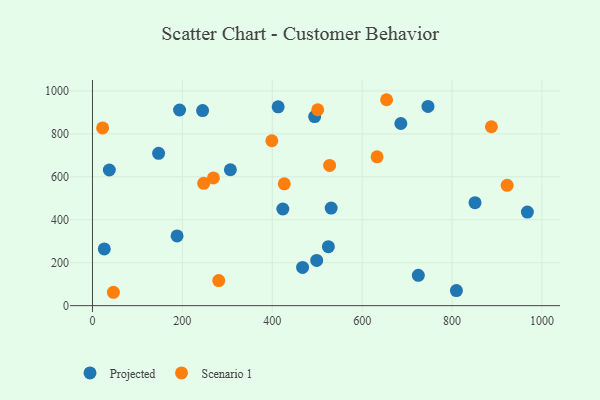
{"axis": {"x": "Ad Spend", "y": "Profit"}, "legend": ["Projected", "Scenario 1"], "data": [{"x": "193.8", "y": 911.2, "type": "Projected"}, {"x": "746.4", "y": 927.8, "type": "Projected"}, {"x": "26.3", "y": 264.0, "type": "Projected"}, {"x": "724.9", "y": 141.2, "type": "Projected"}, {"x": "147.1", "y": 709.5, "type": "Projected"}, {"x": "37.5", "y": 631.7, "type": "Projected"}, {"x": "188.2", "y": 324.7, "type": "Projected"}, {"x": "809.6", "y": 70.0, "type": "Projected"}, {"x": "524.8", "y": 274.9, "type": "Projected"}, {"x": "245.0", "y": 908.4, "type": "Projected"}, {"x": "967.5", "y": 435.6, "type": "Projected"}, {"x": "531.0", "y": 454.5, "type": "Projected"}, {"x": "423.5", "y": 450.2, "type": "Projected"}, {"x": "686.0", "y": 848.3, "type": "Projected"}, {"x": "413.1", "y": 926.2, "type": "Projected"}, {"x": "851.0", "y": 479.5, "type": "Projected"}, {"x": "467.4", "y": 177.9, "type": "Projected"}, {"x": "306.8", "y": 632.9, "type": "Projected"}, {"x": "494.3", "y": 880.5, "type": "Projected"}, {"x": "498.8", "y": 210.8, "type": "Projected"}, {"x": "887.5", "y": 833.2, "type": "Scenario 1"}, {"x": "922.5", "y": 560.5, "type": "Scenario 1"}, {"x": "633.1", "y": 693.2, "type": "Scenario 1"}, {"x": "269.1", "y": 594.9, "type": "Scenario 1"}, {"x": "46.6", "y": 62.3, "type": "Scenario 1"}, {"x": "426.7", "y": 567.5, "type": "Scenario 1"}, {"x": "527.6", "y": 653.3, "type": "Scenario 1"}, {"x": "22.6", "y": 827.7, "type": "Scenario 1"}, {"x": "280.9", "y": 116.9, "type": "Scenario 1"}, {"x": "654.3", "y": 959.1, "type": "Scenario 1"}, {"x": "501.1", "y": 912.4, "type": "Scenario 1"}, {"x": "247.4", "y": 569.7, "type": "Scenario 1"}, {"x": "399.0", "y": 768.1, "type": "Scenario 1"}]}